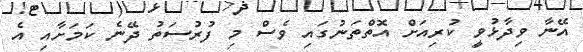
އޭނާ ވިދާޅުވީ ކުރިއަށް އޮތްތަނުގައި ވެސް މި ފުރުސަތު ދޭނެ ކަމަށާއި އެ